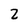
Character: 2